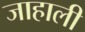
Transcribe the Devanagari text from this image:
जाहाली